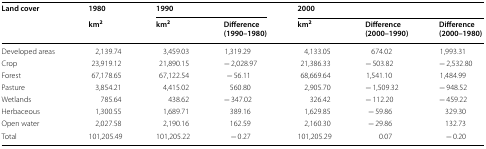
<table><thead><tr><td rowspan="2"><b>Land cover</b></td><td><b>1980</b></td><td colspan="2"><b>1990</b></td><td colspan="3"><b>2000</b></td></tr><tr><td><b>km<sup>2</sup></b></td><td><b>km<sup>2</sup></b></td><td><b>Difference (1990–1980)</b></td><td><b>km<sup>2</sup></b></td><td><b>Difference (2000–1990)</b></td><td><b>Difference (2000–1980)</b></td></tr></thead><tbody><tr><td>Developed areas</td><td>2,139.74</td><td>3,459.03</td><td>1,319.29</td><td>4,133.05</td><td>674.02</td><td>1,993.31</td></tr><tr><td>Crop</td><td>23,919.12</td><td>21,890.15</td><td>− 2,028.97</td><td>21,386.33</td><td>− 503.82</td><td>− 2,532.80</td></tr><tr><td>Forest</td><td>67,178.65</td><td>67,122.54</td><td>− 56.11</td><td>68,669.64</td><td>1,541.10</td><td>1,484.99</td></tr><tr><td>Pasture</td><td>3,854.21</td><td>4,415.02</td><td>560.80</td><td>2,905.70</td><td>− 1,509.32</td><td>− 948.52</td></tr><tr><td>Wetlands</td><td>785.64</td><td>438.62</td><td>− 347.02</td><td>326.42</td><td>− 112.20</td><td>− 459.22</td></tr><tr><td>Herbaceous</td><td>1,300.55</td><td>1,689.71</td><td>389.16</td><td>1,629.85</td><td>− 59.86</td><td>329.30</td></tr><tr><td>Open water</td><td>2,027.58</td><td>2,190.16</td><td>162.59</td><td>2,160.30</td><td>− 29.86</td><td>132.73</td></tr><tr><td>Total</td><td>101,205.49</td><td>101,205.22</td><td>− 0.27</td><td>101,205.29</td><td>0.07</td><td>− 0.20</td></tr></tbody></table>